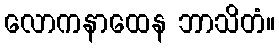
လောကနာထေန ဘာသိတံ။